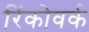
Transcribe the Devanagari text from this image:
रिंकोवर्क